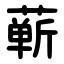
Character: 蕲